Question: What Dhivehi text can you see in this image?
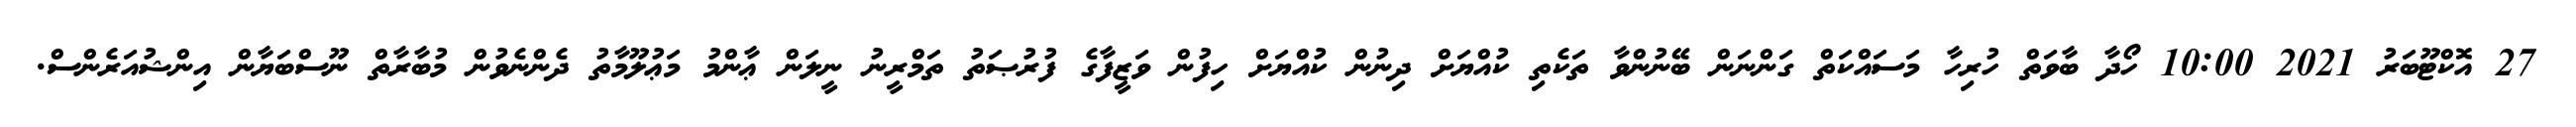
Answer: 27 އޮކްޓޫބަރު 2021 10:00 ހޯދާ ބާވަތް ހުރިހާ މަސައްކަތް ގަންނަން ބޭނުންވާ ތަކެތި ކުއްޔަށް ދިނުން ކުއްޔަށް ހިފުން ވަޒީފާގެ ފުރުޞަތު ތަމްރީނު ނީލަން ޢާންމު މަޢުލޫމާތު ދެންނެވުން މުބާރާތް ނޫސްބަޔާން އިންޝުއަރެންސް.